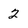
Character: 2